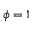
\phi = 1